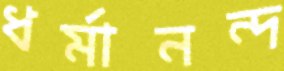
ধর্মানন্দ